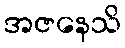
အဇနေသိ